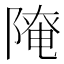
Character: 𨻚